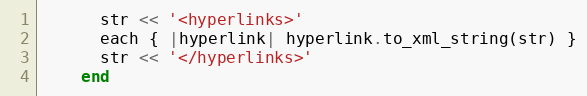
Language: Ruby
      str << '<hyperlinks>'
      each { |hyperlink| hyperlink.to_xml_string(str) }
      str << '</hyperlinks>'
    end